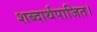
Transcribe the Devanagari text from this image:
शब्दार्थपाजित।